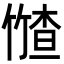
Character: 𮅤